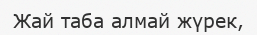
Жай таба алмай жүрек,